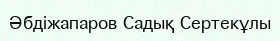
Әбдіжапаров Садық Сертекұлы